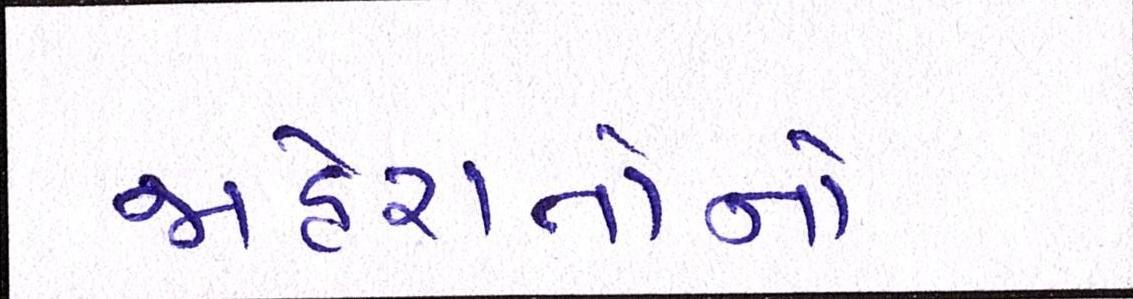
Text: જાહેરાતોનો